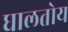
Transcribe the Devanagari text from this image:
घालतोय